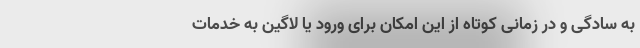
به سادگی و در زمانی کوتاه از این امکان برای ورود یا لاگین به خدمات